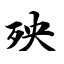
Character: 殃